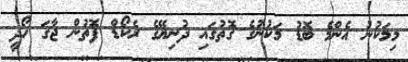
މިމަކުނު އެންމެ ބޮޑު މަކުނުގެ ގޮތުގައި ދުނިޔޭގެ ރެކޯޑް ފޮތުން ޖާގަ ހޯދީ